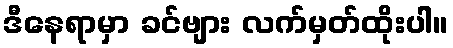
ဒီနေရာမှာ ခင်ဗျား လက်မှတ်ထိုးပါ။